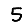
Digit: 5